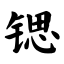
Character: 锶